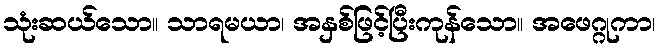
သုံးဆယ်သော။ သာရမယာ၊ အနှစ်ဖြင့်ပြီးကုန်သော။ အဖေဂ္ဂုကာ၊